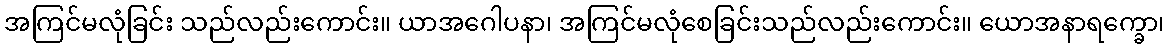
အကြင်မလုံခြင်း သည်လည်းကောင်း။ ယာအဂေါပနာ၊ အကြင်မလုံစေခြင်းသည်လည်းကောင်း။ ယောအနာရက္ခော၊